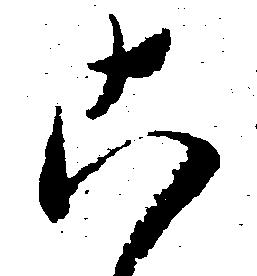
こ